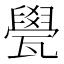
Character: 㽇